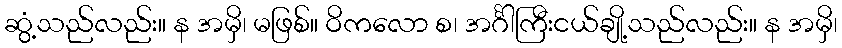
ဆွံ့သည်လည်း။ န အမှိ၊ မဖြစ်။ ဝိကလော စ၊ အင်္ဂါကြီးငယ်ချို့သည်လည်း။ န အမှိ၊